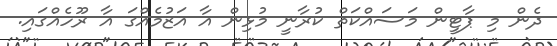
ދެން މި ޕާޓީން މަސައްކަތް ކުރާނީ މުޅިން އާ އަޒުމެއްގަ އާ ރޫހެއްގައި.